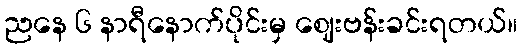
ညနေ ၆ နာရီနောက်ပိုင်းမှ ဈေးဗန်းခင်းရတယ်။